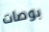
بوصات